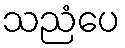
သညံပေ